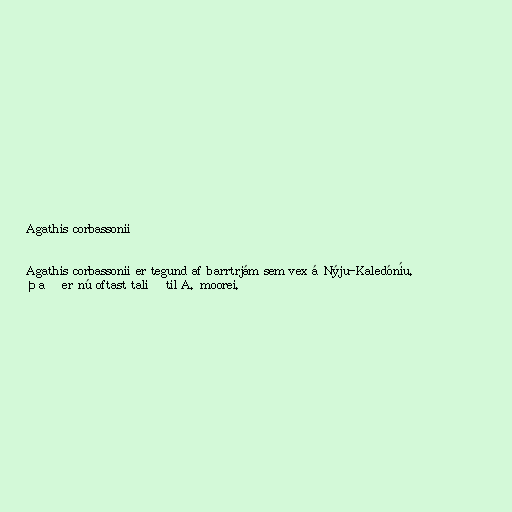
Agathis corbassonii

Agathis corbassonii er tegund af barrtrjám sem vex á Nýju-Kaledóníu.
Það er nú oftast talið til A. moorei.